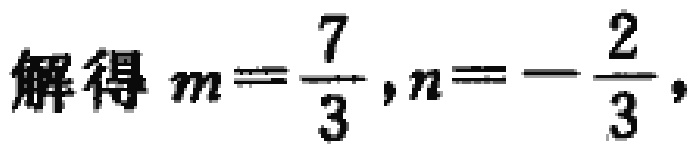
解得 \(m=\frac{7}{3},n=-\frac{2}{3},\)